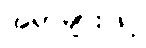
အရာများဖြင့်